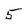
Character: 5